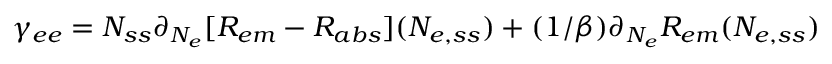
\gamma _ { e e } = N _ { s s } \partial _ { N _ { e } } [ R _ { e m } - R _ { a b s } ] ( N _ { e , s s } ) + ( 1 / \beta ) \partial _ { N _ { e } } R _ { e m } ( N _ { e , s s } )